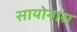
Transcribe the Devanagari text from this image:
सायोनारा